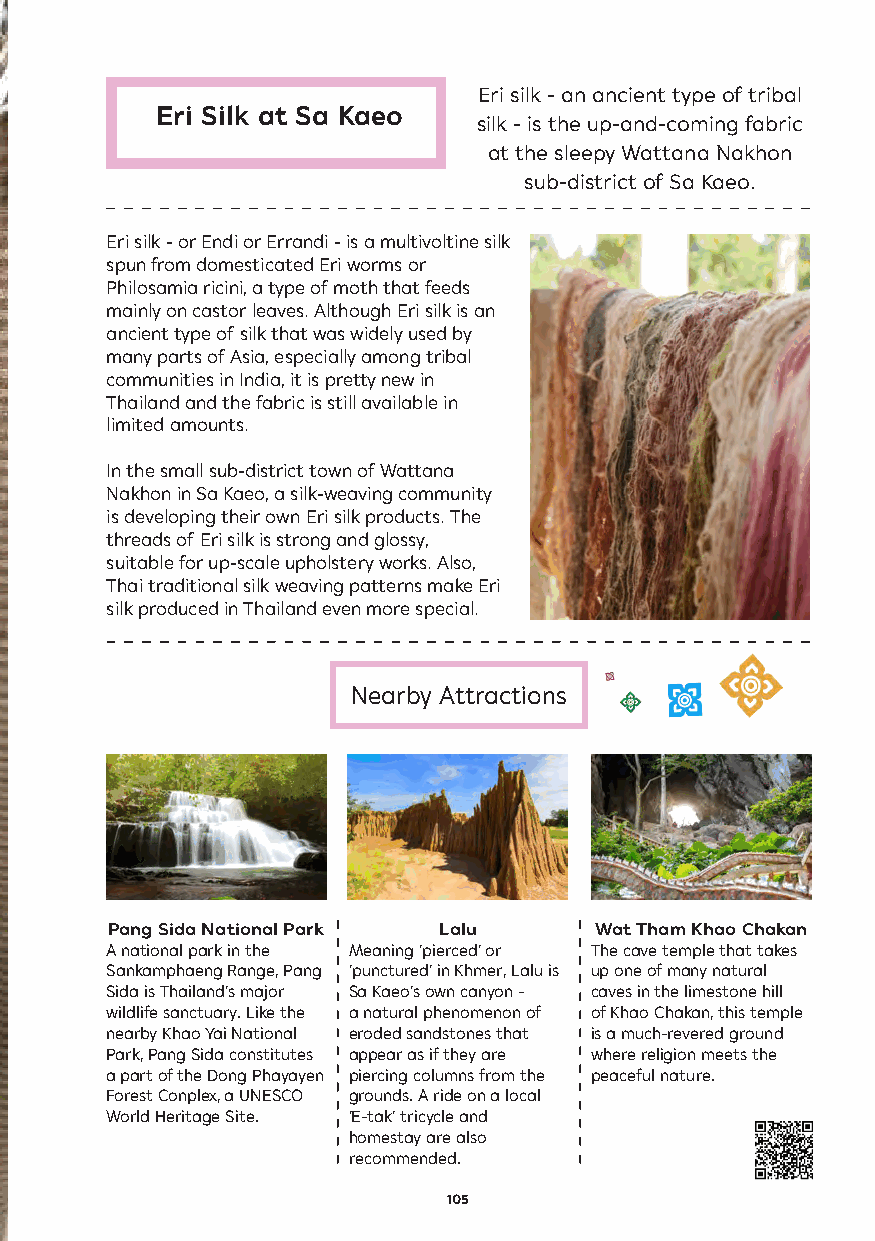
Eri silk - an ancient type of tribal
 Eri Silk at Sa Kaeo
 silk - is the up-and-coming fabric
 at the sleepy Wattana Nakhon
 sub-district of Sa Kaeo.
 Eri silk - or Endi or Errandi - is a multivoltine silk
 spun from domesticated Eri worms or
 Philosamia ricini, a type of moth that feeds
 mainly on castor leaves. Although Eri silk is an
 ancient type of silk that was widely used by
 many parts of Asia, especially among tribal
 communities in India, it is pretty new in
 Thailand and the fabric is still available in
 limited amounts.
 In the small sub-district town of Wattana
 Nakhon in Sa Kaeo, a silk-weaving community
 is developing their own Eri silk products. The
 threads of Eri silk is strong and glossy,
 suitable for up-scale upholstery works. Also,
 Thai traditional silk weaving patterns make Eri
 silk produced in Thailand even more special.
 Nearby Attractions
 Pang Sida National Park Lalu    Wat Tham Khao Chakan
 A national park in the Meaning ‘pierced’ or The cave temple that takes
 Sankamphaeng Range, Pang ‘punctured’ in Khmer, Lalu is up one of many natural
 Sida is Thailand’s major Sa Kaeo’s own canyon - caves in the limestone hill
 wildlife sanctuary. Like the a natural phenomenon of of Khao Chakan, this temple
 nearby Khao Yai National eroded sandstones that is a much-revered ground
 Park, Pang Sida constitutes appear as if they are where religion meets the
 a part of the Dong Phayayen piercing columns from the peaceful nature.
 Forest Conplex, a UNESCO grounds. A ride on a local
 World Heritage Site. ‘E-tak’ tricycle and
 homestay are also
 recommended.
 105